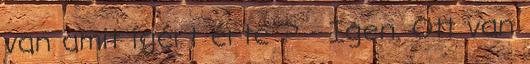
van amit ígért érte ? - Igen. Ott van